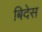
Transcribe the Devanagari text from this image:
बिदेस